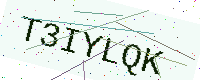
Text: T3IYLQK